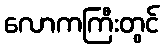
လောကကြီးတွင်